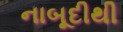
નાબૂદીથી